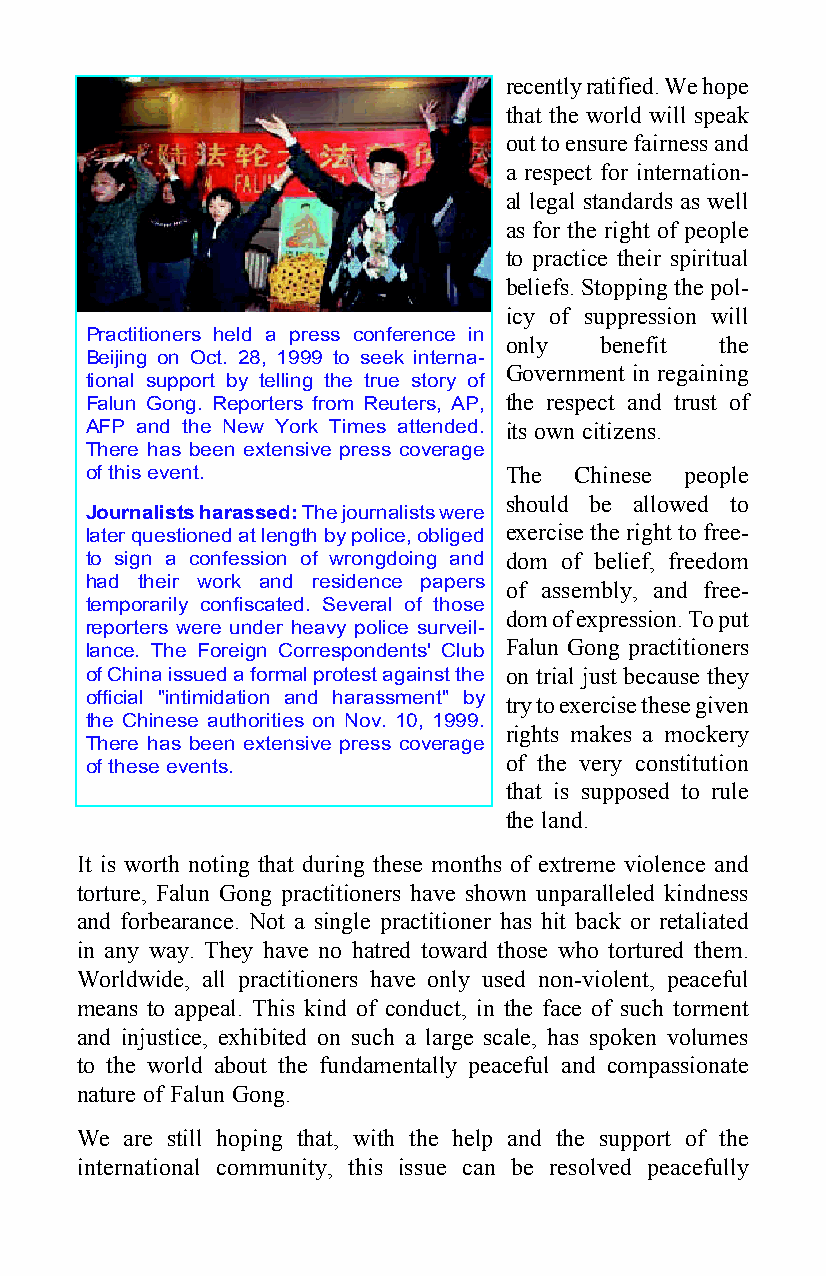
recently ratified. We hope
 that the world will speak
 out to ensure fairness and
 a respect for internation-
 al legal standards as well
 as for the right of people
 to practice their spiritual
 beliefs. Stopping the pol-
 icy of suppression will
 Practitioners held a press conference in
 only   benefit the
 Beijing on Oct. 28, 1999 to seek interna-
 Government in regaining
 tional support by telling the true story of
 Falun Gong. Reporters from Reuters, AP, the respect and trust of
 AFP and the New York Times attended. its own citizens.
 There has been extensive press coverage
 of this event.             The  Chinese people
 should be allowed to
 Journalists harassed: The journalists were
 exercise the right to free-
 later questioned at length by police, obliged
 to sign a confession of wrongdoing and dom of belief, freedom
 had their work and residence papers of assembly, and free-
 temporarily confiscated. Several of those
 dom of expression. To put
 reporters were under heavy police surveil-
 Falun Gong practitioners
 lance. The Foreign Correspondents' Club
 of China issued a formal protest against the on trial just because they
 official "intimidation and harassment" by try to exercise these given
 the Chinese authorities on Nov. 10, 1999.
 rights makes a mockery
 There has been extensive press coverage
 of the very constitution
 of these events.
 that is supposed to rule
 the land.
 It is worth noting that during these months of extreme violence and
 torture, Falun Gong practitioners have shown unparalleled kindness
 and forbearance. Not a single practitioner has hit back or retaliated
 in any way. They have no hatred toward those who tortured them.
 Worldwide, all practitioners have only used non-violent, peaceful
 means to appeal. This kind of conduct, in the face of such torment
 and injustice, exhibited on such a large scale, has spoken volumes
 to the world about the fundamentally peaceful and compassionate
 nature of Falun Gong.
 We are still hoping that, with the help and the support of the
 international community, this issue can be resolved peacefully